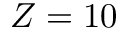
Z = 1 0